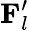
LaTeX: \mathbf{{F}}_{l}^{\prime}